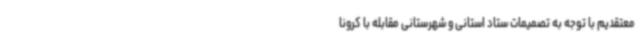
معتقدیم با توجه به تصمیمات ستاد استانی و شهرستانی مقابله با کرونا